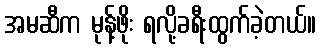
အမဆီက မုန့်ဖိုး ရလို့ခရီးထွက်ခဲ့တယ်။